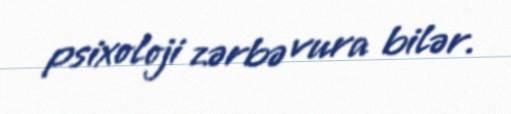
psixoloji zərbə vura bilər.